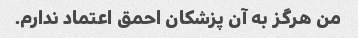
من هرگز به آن پزشکان احمق اعتماد ندارم.